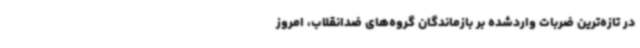
در تازه‌ترین ضربات واردشده بر بازماندگان گروه‌های ضدانقلاب، امروز